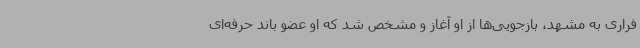
فراری به مشهد، بازجویی‌ها از او آغاز و مشخص شد که او عضو باند حرفه‌ای